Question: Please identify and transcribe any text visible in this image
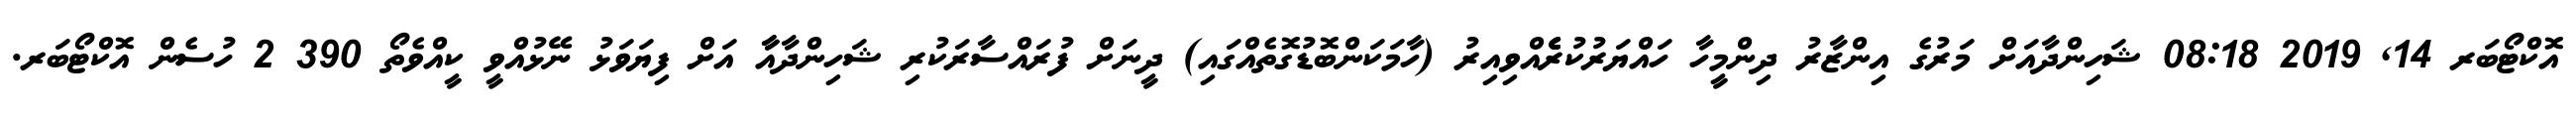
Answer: އޮކްޓޯބަރ 14, 2019 08:18 ޝަހިންދާއަށް މަރުގެ އިންޒާރު ދިންމީހާ ހައްޔަރުކުރެެެެެއްވިއިރު (ހާމަކަންބޮޑުގޮތެއްގައި) ދީނަށް ފުރައްސާރަކުރި ޝަހިންދާއާާ އަށް ފިޔަވަޅު ނޭޅުއްވީ ކީއްވެތޯ 390 2 ހުސެން އޮކްޓޯބަރ.